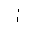
Letter: _alif